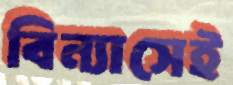
বিন্যাসেই